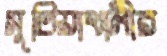
সুতিয়াখালীর